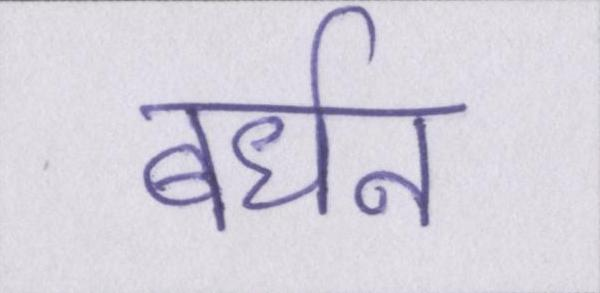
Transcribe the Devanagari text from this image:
बर्धन